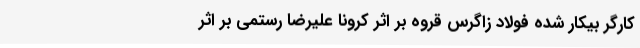
کارگر بیکار شده فولاد زاگرس قروه بر اثر کرونا علیرضا رستمی بر اثر